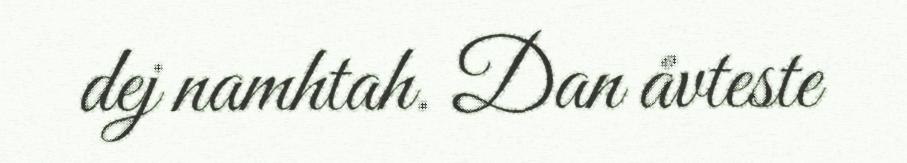
dej namhtah. Dan åvteste